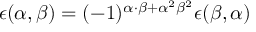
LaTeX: \epsilon ( \alpha , \beta ) = ( - 1 ) ^ { \alpha \cdot \beta + { \alpha } ^ { 2 } { \beta } ^ { 2 } } \epsilon ( \beta , \alpha )